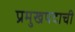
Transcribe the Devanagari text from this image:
प्रमुखपदाची